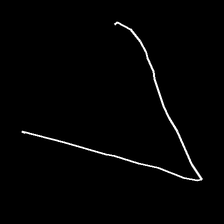
Glyph: region